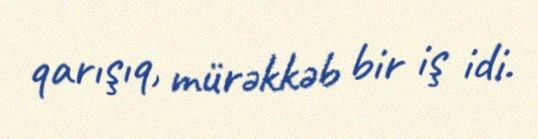
qarışıq, mürəkkəb bir iş idi.